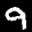
Label: 9